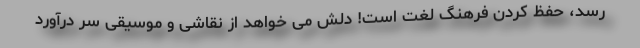
رسد، حفظ کردن فرهنگ لغت است! دلش می خواهد از نقاشی و موسیقی سر درآورد